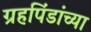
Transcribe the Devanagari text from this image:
ग्रहपिंडांच्या